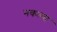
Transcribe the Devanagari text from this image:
नकल्स